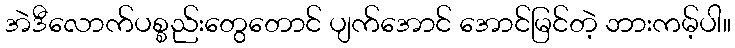
အဲဒီလောက်ပစ္စည်းတွေတောင် ပျက်အောင် အောင်မြင်တဲ့ ဘားကမ့်ပါ။